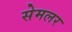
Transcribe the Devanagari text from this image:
सेमलर